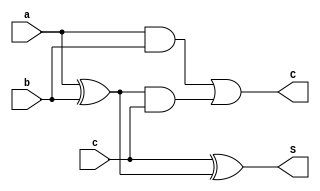
`timescale 1ns / 1ps

module FullAdder(input a,b,c, output S,C);
    wire w1,w2,w3;
    
    assign w1 = a ^ b;
    assign w2 = w1 & c;
    assign w3 = a & b;
    
    assign S = c ^ w1;
    assign C = w3 | w2;  
endmodule